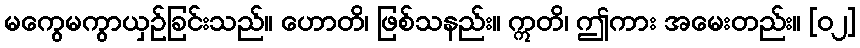
မကွေမကွာယှဉ်ခြင်းသည်။ ဟောတိ၊ ဖြစ်သနည်း။ ဣတိ၊ ဤကား အမေးတည်း။ [၀၂]